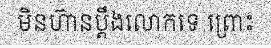
មិនហ៊ានប្តឹងលោកទេ ព្រោះ